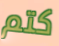
كتم